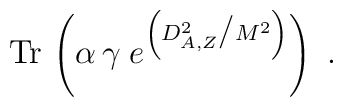
{\rm Tr}\,\left( \alpha\, \gamma\;e^{ \left( D_{A,Z}^2 \big/      M^2\right)}\right)~.